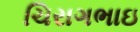
ચિરાગભાઇ